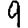
Digit: 9